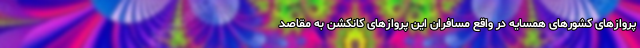
پروازهای کشورهای همسایه در واقع مسافران این پروازهای کانکشن به مقاصد